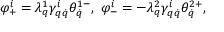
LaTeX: \varphi _ { + } ^ { i } = \lambda _ { q } ^ { 1 } \gamma _ { q \dot { q } } ^ { i } \theta _ { \dot { q } } ^ { 1 - } , \ \varphi _ { - } ^ { i } = - \lambda _ { q } ^ { 2 } \gamma _ { q \dot { q } } ^ { i } \theta _ { \dot { q } } ^ { 2 + } ,